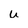
Character: u